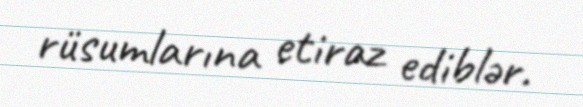
rüsumlarına etiraz ediblər.